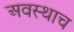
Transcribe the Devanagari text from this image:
अवस्थाच